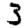
Digit: 3